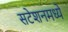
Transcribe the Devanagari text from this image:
सटेशनमध्ये